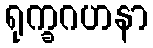
ရုက္ခဂဟနာ